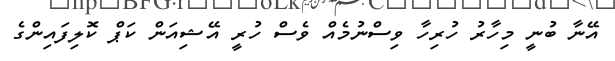
އޭނާ ބުނީ މިހާރު ހުރިހާ ވިސްނުމެއް ވެސް ހުރީ އޭޝިއަން ކަޕް ކޮލިފައިންގެ